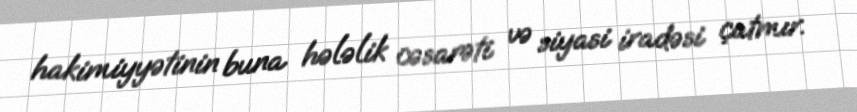
hakimiyyətinin buna hələlik cəsarəti və siyasi iradəsi çatmır.